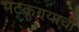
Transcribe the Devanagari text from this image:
भटकण्याची